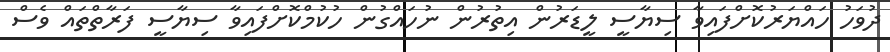
ދުވަހު ހައްޔަރުކޮށްފައިވާ ސިޔާސީ ލީޑަރުން އިތުރުން ނުހައްގުން ހުކުމްކޮށްފައިވާ ސިޔާސީ ފަރާތްތައް ވެސް